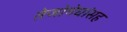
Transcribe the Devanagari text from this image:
तेजोमेघांसह